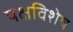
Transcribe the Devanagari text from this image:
पक्षविशेष